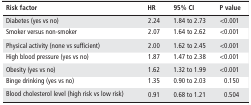
| Risk factor | HR | 95% CI | P value |
 | --- | --- | --- | --- |
 | Diabetes (yes vs no) | 2.24 | 1.84 to 2.73 | <0.001 |
 | Smoker versus non-smoker | 2.07 | 1.64 to 2.62 | <0.001 |
 | Physical activity (none vs sufficient) | 2.00 | 1.62 to 2.45 | <0.001 |
 | High blood pressure (yes vs no) | 1.87 | 1.47 to 2.38 | <0.001 |
 | Obesity (yes vs no) | 1.62 | 1.32 to 1.99 | <0.001 |
 | Binge drinking (yes vs no) | 1.35 | 0.90 to 2.03 | 0.150 |
 | Blood cholesterol level (high risk vs low risk) | 0.91 | 0.68 to 1.21 | 0.504 |